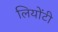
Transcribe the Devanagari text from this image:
लियोंटी